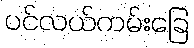
ပင်လယ်ကမ်းခြေ